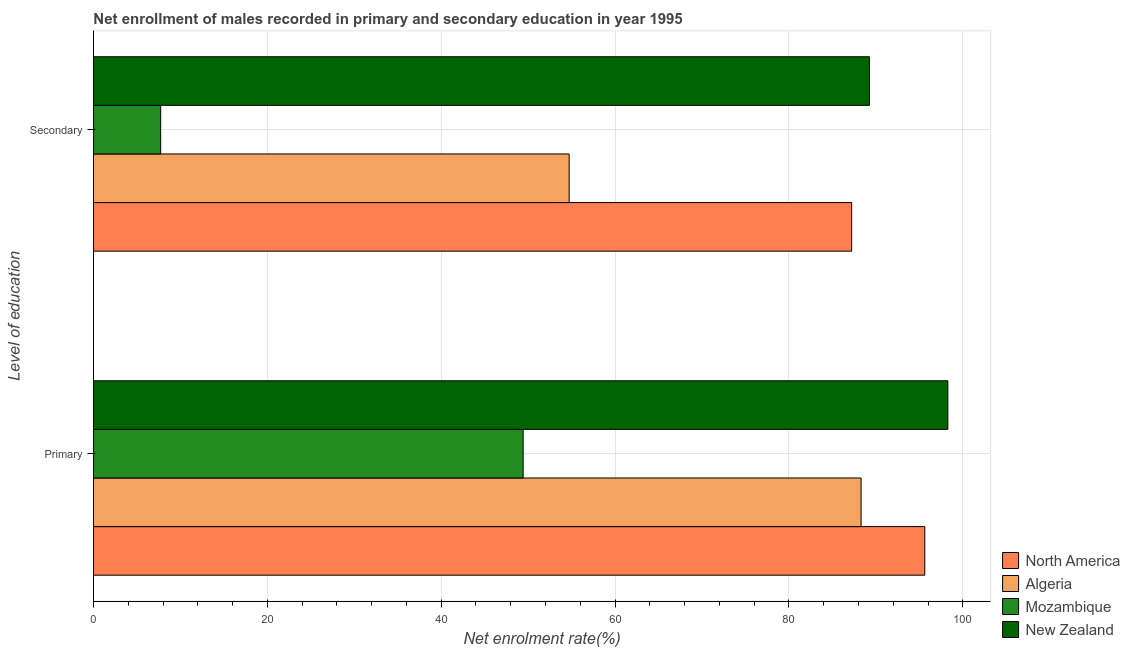
| Level of education | North America | Algeria | Mozambique | New Zealand |
 | --- | --- | --- | --- | --- |
 | Primary | 95.6 | 88.3 | 49.4 | 98.3 |
 | Secondary | 87.2 | 54.7 | 7.73 | 89.3 |